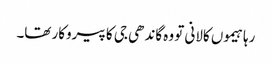
رہا ہیموں کالانی تو وہ گاندھی جی کا پیروکار تھا۔